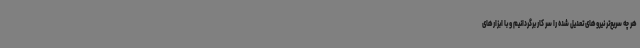
هر چه سریع‌تر نیروهای تعدیل شده را سر کار برگردانیم و با ابزارهای